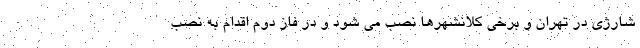
شارژی در تهران و برخی کلانشهرها نصب می شود و در فاز دوم اقدام به نصب